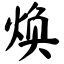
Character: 焕